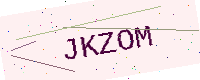
Text: JKZOM